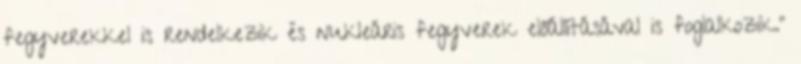
fegyverekkel is rendelkezik és nukleáris fegyverek előállításával is foglalkozik.”